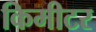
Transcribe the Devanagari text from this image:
किमीटर